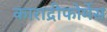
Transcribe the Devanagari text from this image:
काराद्रीफोर्मेस